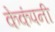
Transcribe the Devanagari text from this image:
केकंपनी